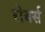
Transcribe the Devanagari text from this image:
रोबर्स